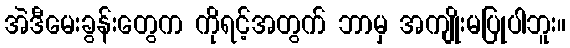
အဲဒီမေးခွန်းတွေက ကိုရင့်အတွက် ဘာမှ အကျိုးမပြုပါဘူး။